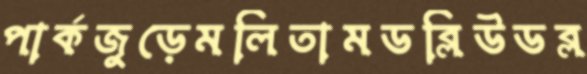
পার্কজুড়েমলিতামডব্লিউডব্ল